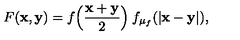
F ( { \bf x , y } ) = f \Bigl ( \frac { \bf x + y } { 2 } \Bigr ) \: f _ { \mu _ { f } } ( | { \bf x - y } | ) ,